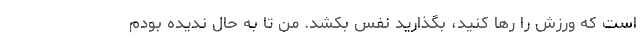
است که ورزش را رها کنید، بگذارید نفس بکشد. من تا به حال ندیده بودم